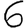
Digit: 6